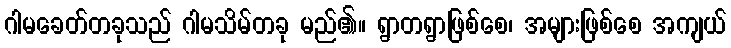
ဂါမခေတ်တခုသည် ဂါမသိမ်တခု မည်၏။ ရွာတရွာဖြစ်စေ၊ အများဖြစ်စေ အကျယ်